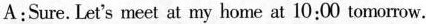
A:Sure.Let's meet at my home at 10:00 tomorrow.